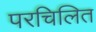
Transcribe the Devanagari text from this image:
परचिलित